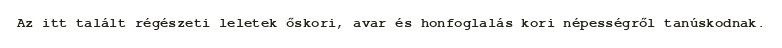
Az itt talált régészeti leletek őskori, avar és honfoglalás kori népességről tanúskodnak.